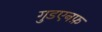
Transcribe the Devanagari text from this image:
गुडएनफ़